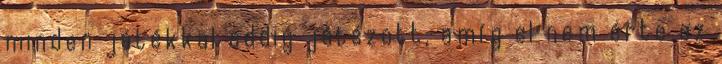
minden játékkal addig játszott, amíg el nem érte az